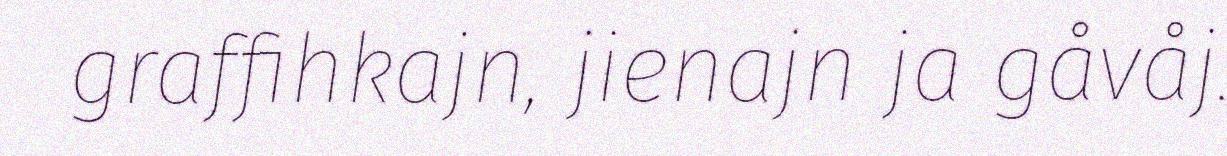
graffihkajn, jienajn ja gåvåj.